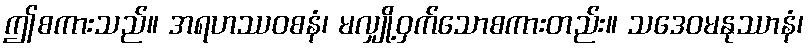
ဤစကားသည်။ အရဟဿဝစနံ၊ မလျှို့ဝှက်သောစကားတည်း။ သဒေဝမနုဿာနံ၊